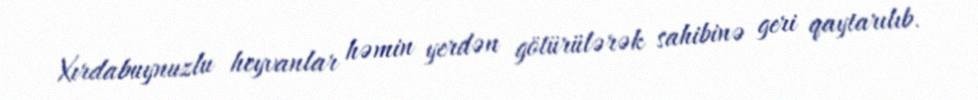
Xırdabuynuzlu heyvanlar həmin yerdən götürülərək sahibinə geri qaytarılıb.